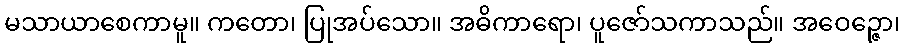
မသာယာစေကာမူ။ ကတော၊ ပြုအပ်သော။ အဓိကာရော၊ ပူဇော်သကာသည်။ အဝေဉ္ဇော၊